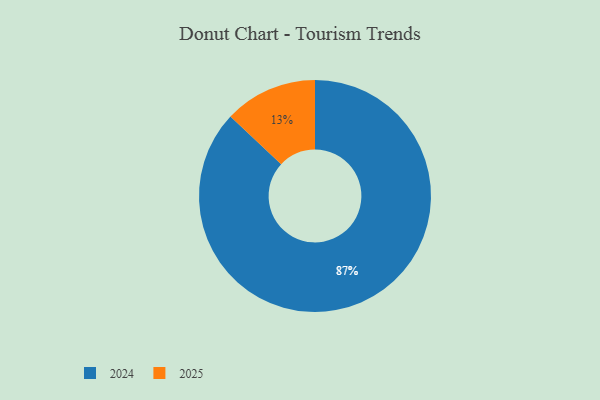
{"axis": {"x": "Category", "y": "Percentage"}, "legend": ["2024", "2025"], "data": [{"x": "2024", "y": 87, "type": "2024"}, {"x": "2025", "y": 13, "type": "2025"}]}